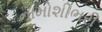
નામોશીભરી